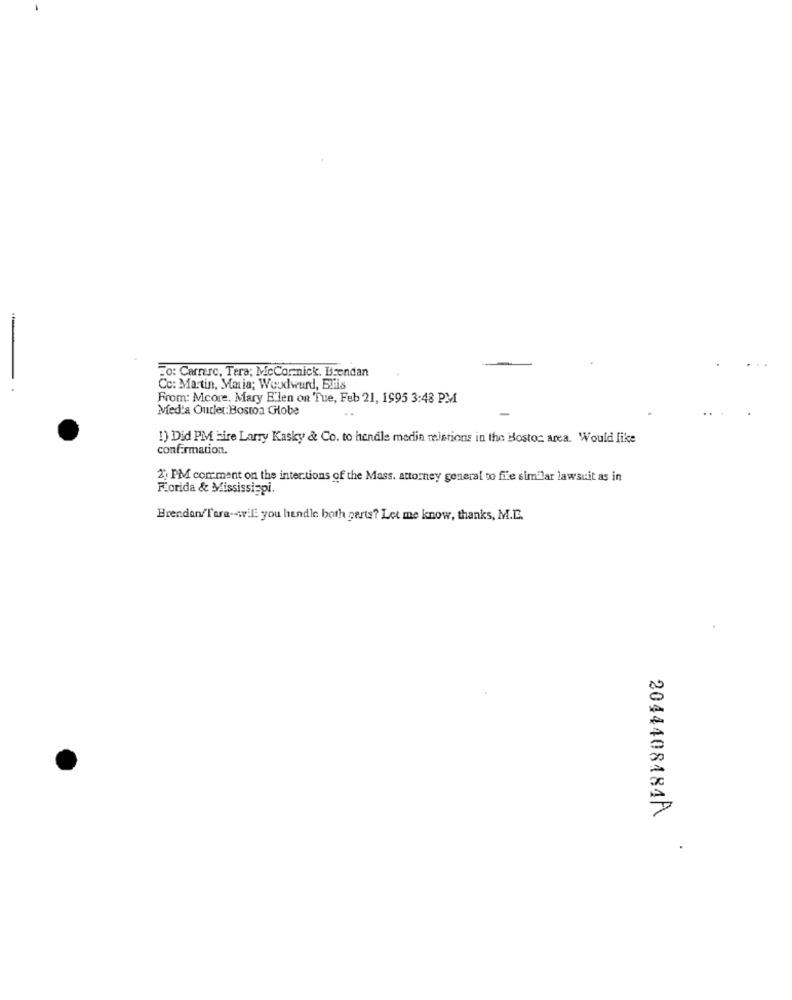
Fo: Carrerc, Tera; McCornick. Brendan
Co: Martin, Maria; Woodward, Buis
From: Mcore. Mary E'len on Tue, Feb 21, 1995 3:48 PM
Media Outlet: Boston Globe
1) Did PM bire Larry Kasky & Co. to hendle medin melerions in the Boston area. Would like
confirmation.
2) PM comment on the inter.tions of the Mass. attorney general to file similar lawsuit as in
Florida & Mississippi.
Brendan/Tera -- will you hendle both parts? Let me know, thanks, M.I.
2044408484A